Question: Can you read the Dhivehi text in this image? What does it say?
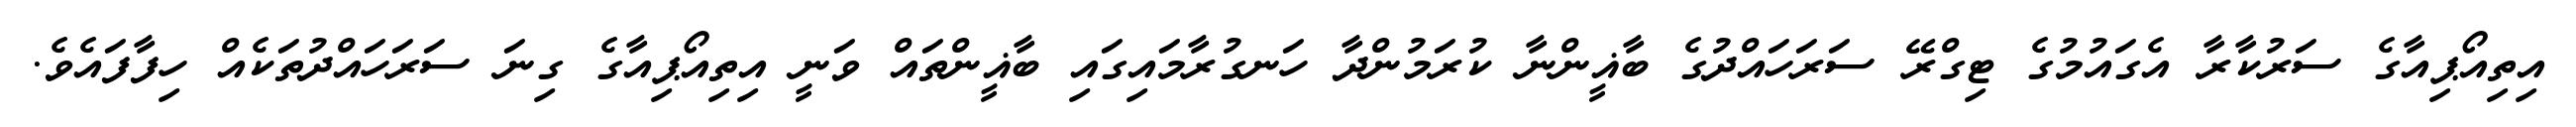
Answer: އިތިއޯޕިއާގެ ސަރުކާރާ އެގައުމުގެ ޓިގްރޭ ސަރަހައްދުގެ ބާޣީންނާ ކުރަމުންދާ ހަނގުރާމައިގައި ބާޣީންތައް ވަނީ އިތިއޯޕިއާގެ ގިނަ ސަރަހައްދުތަކެއް ހިފާފައެވެ.